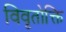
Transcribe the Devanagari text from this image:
विवृतोक्ति